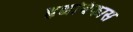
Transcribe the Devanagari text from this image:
हृद्यविकास